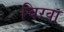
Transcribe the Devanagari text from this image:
चिरवा